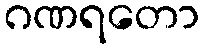
ဂဏရတော